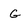
Character: G